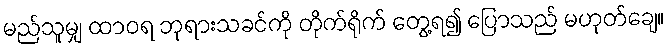
မည်သူမျှ ထာဝရ ဘုရားသခင်ကို တိုက်ရိုက် တွေ့ရ၍ ပြောသည် မဟုတ်ချေ။